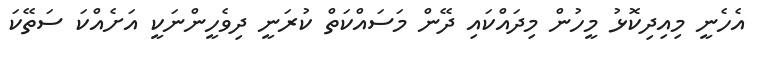
އެހެނީ މިއިދިކޮޅު މީހުން މިދައްކައި ދޭން މަސައްކަތް ކުރަނީ ދިވެހީންނަކީ އަށެއްކަ ސަތޭކަ